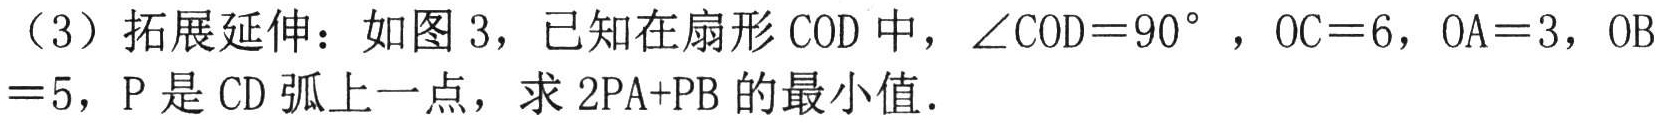
（3）拓展延伸：如图 3，已知在扇形 COD 中，\(\angle COD = 90^{\circ}\)，\(OC = 6\)，\(OA = 3\)，\(OB = 5\)，P 是 CD 弧上一点，求 \(2PA + PB\) 的最小值．